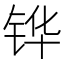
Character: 铧